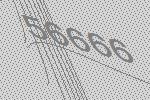
56666